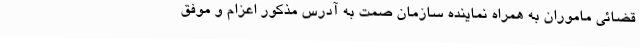
قضائی ماموران به همراه نماینده سازمان صمت به آدرس مذکور اعزام و موفق